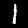
Digit: 1